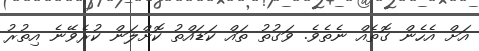
އަށް އެހެން ގޮތެއް ނެތެވެ. ވަގުތު ތައް ކަޑައްތު ކޮށްލަން ކުރެވޭނެ އިތުރު